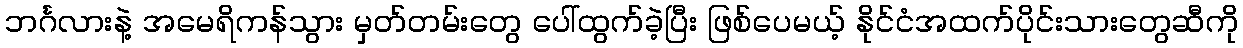
ဘင်္ဂလားနဲ့ အမေရိကန်သွား မှတ်တမ်းတွေ ပေါ်ထွက်ခဲ့ပြီး ဖြစ်ပေမယ့် နိုင်ငံအထက်ပိုင်းသားတွေဆီကို